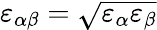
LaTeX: \varepsilon_{\alpha\beta}=\sqrt{\varepsilon_{\alpha}\varepsilon_{\beta}}